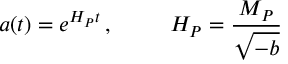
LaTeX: a ( t ) = e ^ { H _ { P } t } \, , \, \, \, \, \, \, \, \, \, \, \, \, \, \, \, H _ { P } = \frac { M _ { P } } { \sqrt { - b } }